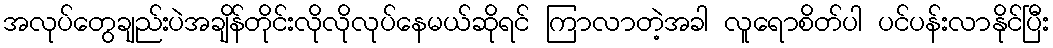
အလုပ်တွေချည်းပဲအချိန်တိုင်းလိုလိုလုပ်နေမယ်ဆိုရင် ကြာလာတဲ့အခါ လူရောစိတ်ပါ ပင်ပန်းလာနိုင်ပြီး